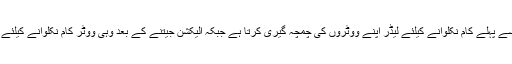
کتنا عجیب لگتا ہے کہ الیکشن سے پہلے کام نکلوانے کیلئے لیڈر اپنے ووٹروں کی چمچہ گیری کرتا ہے جبکہ الیکشن جیتنے کے بعد وہی ووٹر کام نکلوانے کیلئے لیڈر کی چمچہ گیری کرتا ہے۔